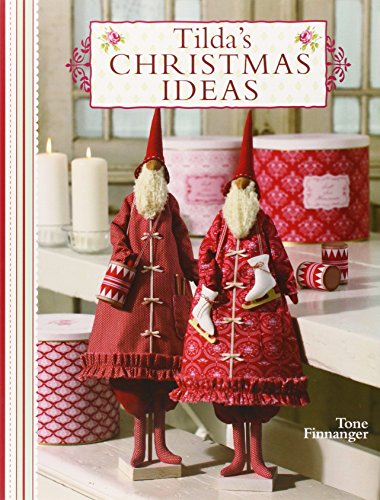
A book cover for Tilda's Christmas Ideas; Tone Finnanger; Crafts, Hobbies & Home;